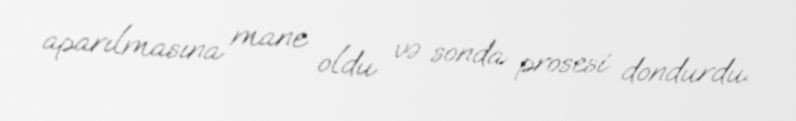
aparılmasına mane oldu və sonda prosesi dondurdu.